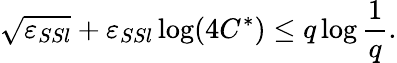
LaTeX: \sqrt{\varepsilon_{SSl}}+\varepsilon_{SSl}\log(4C^{*})\leq q\log\frac{1}{q}.